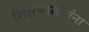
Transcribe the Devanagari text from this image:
शिक्षणसंस्थांना